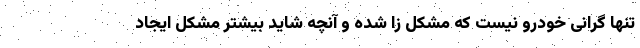
تنها گرانی خودرو نیست که مشکل زا شده و آنچه شاید بیشتر مشکل ایجاد